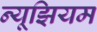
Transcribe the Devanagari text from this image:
न्यूझियम